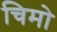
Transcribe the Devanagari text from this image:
चिमो